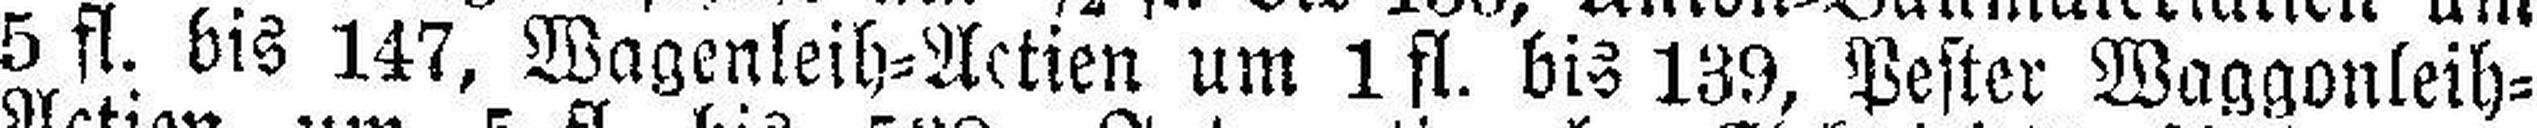
5 fl. bis 147, Wagenleih=Actien um 1 fl. bis 139, Pester Waggonleih=